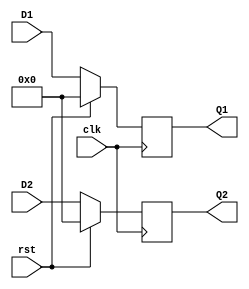
module bit8_twinregset(Q1, Q2,clk,rst,D1,D2);

input clk,rst;
input [7:0]D1,D2;
output reg [7:0]Q1,Q2;

always@(posedge clk)
        if(rst) begin
            Q1 <= 0; //8-bit set of flip flops
            Q2 <= 0;
        end
        else begin
            Q1 <= D1;
            Q2 <= D2;
        end

endmodule